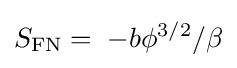
S_{\mathrm {FN} }=\;-b{\phi }^{3/2}/\beta